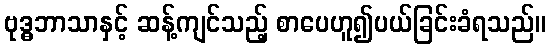
ဗုဒ္ဓဘာသာနှင့် ဆန့်ကျင်သည့် စာပေဟူ၍ပယ်ခြင်းခံရသည်။